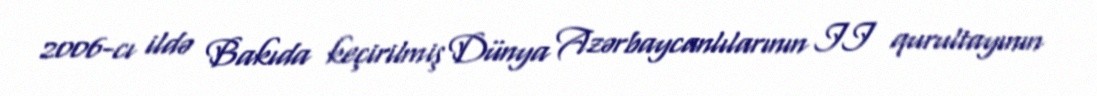
2006-cı ildə Bakıda keçirilmiş Dünya Azərbaycanlılarının II qurultayının